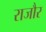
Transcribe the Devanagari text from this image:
राजौर